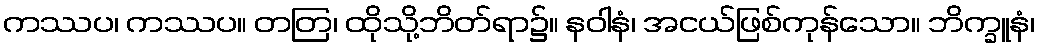
ကဿပ၊ ကဿပ။ တတြ၊ ထိုသို့ဘိတ်ရာ၌။ နဝါနံ၊ အငယ်ဖြစ်ကုန်သော။ ဘိက္ခူနံ၊